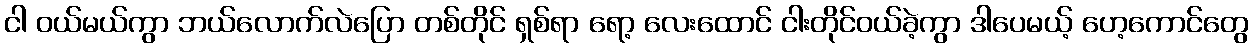
ငါ ဝယ်မယ်ကွာ ဘယ်လောက်လဲပြော တစ်တိုင် ရှစ်ရာ ရော့ လေးထောင် ငါးတိုင်ဝယ်ခဲ့ကွာ ဒါပေမယ့် ဟေ့ကောင်တွေ